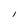
Character: I